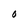
Character: O